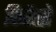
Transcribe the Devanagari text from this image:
फिरेंत्से